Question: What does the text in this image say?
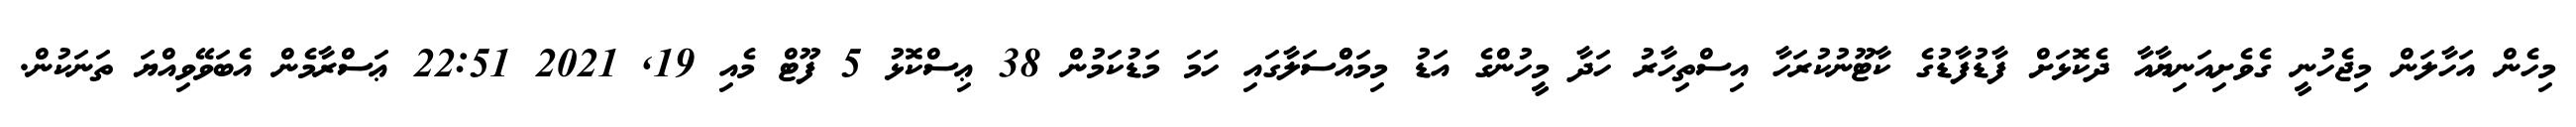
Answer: މިހެން އަހާލަން މިޖެހުނީ ގެވެށިއަނިޔާއާ ދެކޮޅަށް ފާޑުފާޑުގެ ކާޓޫނުކުރަހާ އިސްތިހާރު ހަދާ މީހުންގެ އަޑު މިމައްްސަލާގައި ހަމަ މަޑުކަމުން 38 ޢިސްކޮޅު 5 ފޫޓް މެއި 19, 2021 22:51 ޢަސްރާމެން އެބަވޭވިއްޔަ ތަނަކުން.